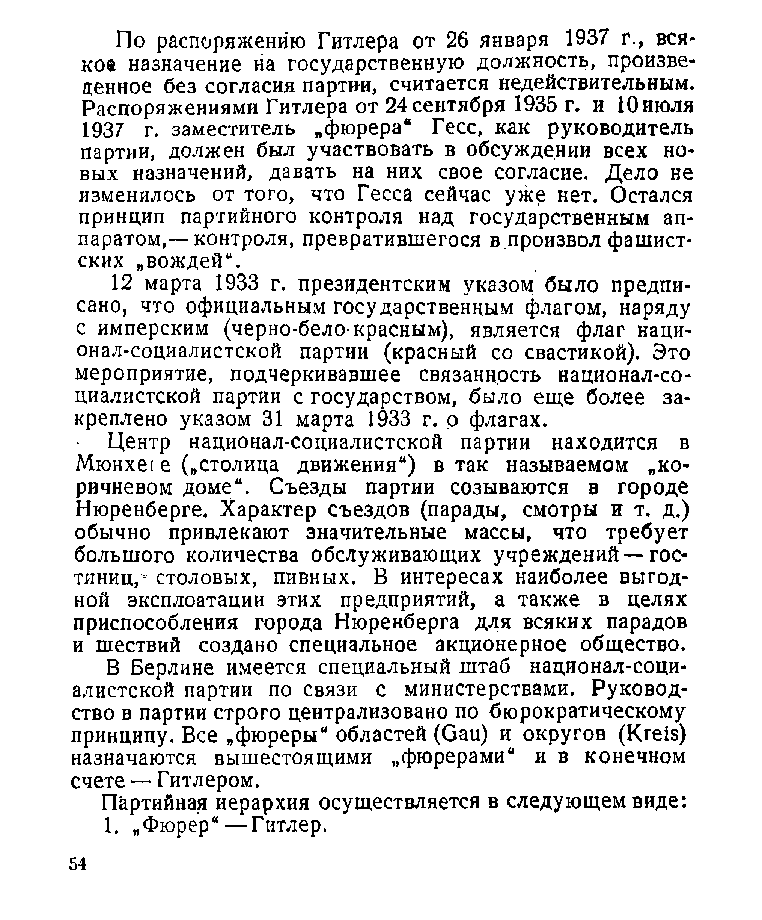
По распоряжению Гитлера от 26 января 1937 г., вся­
 кое назначение на государственную должность, произве­
 денное без согласия партии, считается недействительным.
 Распоряжениями Гитлера от 24 сентября 1935 г. и 10 июля
 1937 г. заместитель „фюрера“ Гесс, как руководитель
 партии, должен был участвовать в обсуждении всех но­
 вых назначений, давать на них свое согласие. Дело не
 изменилось от того, что Гесса сейчас уже нет. Остался
 принцип партийного контроля над государственным ап­
 паратом,— контроля, превратившегося в.произвол фашист­
 ских „вождей“.
 12 марта 1933 г. президентским указом было предпи­
 сано, что официальным государственным флагом, наряду
 с имперским (черно-бело красным), является флаг наци­
 онал-социалистской партии (красный со свастикой). Это
 мероприятие, подчеркивавшее связанность национал-со­
 циалистской партии с государством, было еще более за­
 креплено указом 31 марта 1933 г. о флагах.
 Центр национал-социалистской партии находится в
 Мюнхе1 е („столица движения“) в так называемом „ко­
 ричневом доме“. Съезды партии созываются в городе
 Нюренберге. Характер съездов (парады, смотры и т. д.)
 обычно привлекают значительные массы, что требует
 большого количества обслуживающих учреждений —гос­
 тиниц,- столовых, пивных. В интересах наиболее выгод­
 ной эксплоатация этих предприятий, а также в целях
 приспособления города Нюренберга для всяких парадов
 и шествий создано специальное акционерное общество.
 В Берлине имеется специальный штаб национал-соци­
 алистской партии по связи с министерствами. Руковод­
 ство в партии строго централизовано по бюрократическому
 принципу. Все „фюреры“ областей (Gau) и округов (Kreis)
 назначаются вышестоящими „фюрерами“ и в конечном
 счете — Г итлером.
 Партийная иерархия осуществляется в следующем виде:
 1. „Фюрер“—Гитлер.
 54